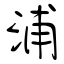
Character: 浦